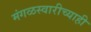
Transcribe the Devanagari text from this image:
मंगळस्वारीच्याही